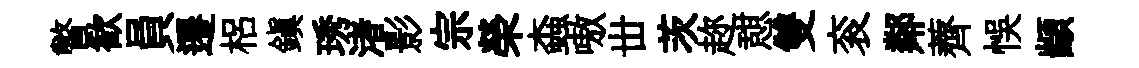
瞥歓員遷梠鎭琇渚影宗榮螙嗷丗茨趂憇雙衮鄰薺悞顓